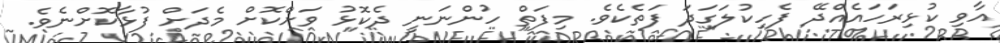
އާވި ކުޅިރަހައެއްދޭ ފެހިކުލަގަދަ ފަތެކެވެ. މިފަތް ހުންނަނީ ދެކޮޅު ވަށްކޮށް މެދަށް ފުޅާކޮށްނެވެ.